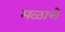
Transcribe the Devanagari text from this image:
मळाचे